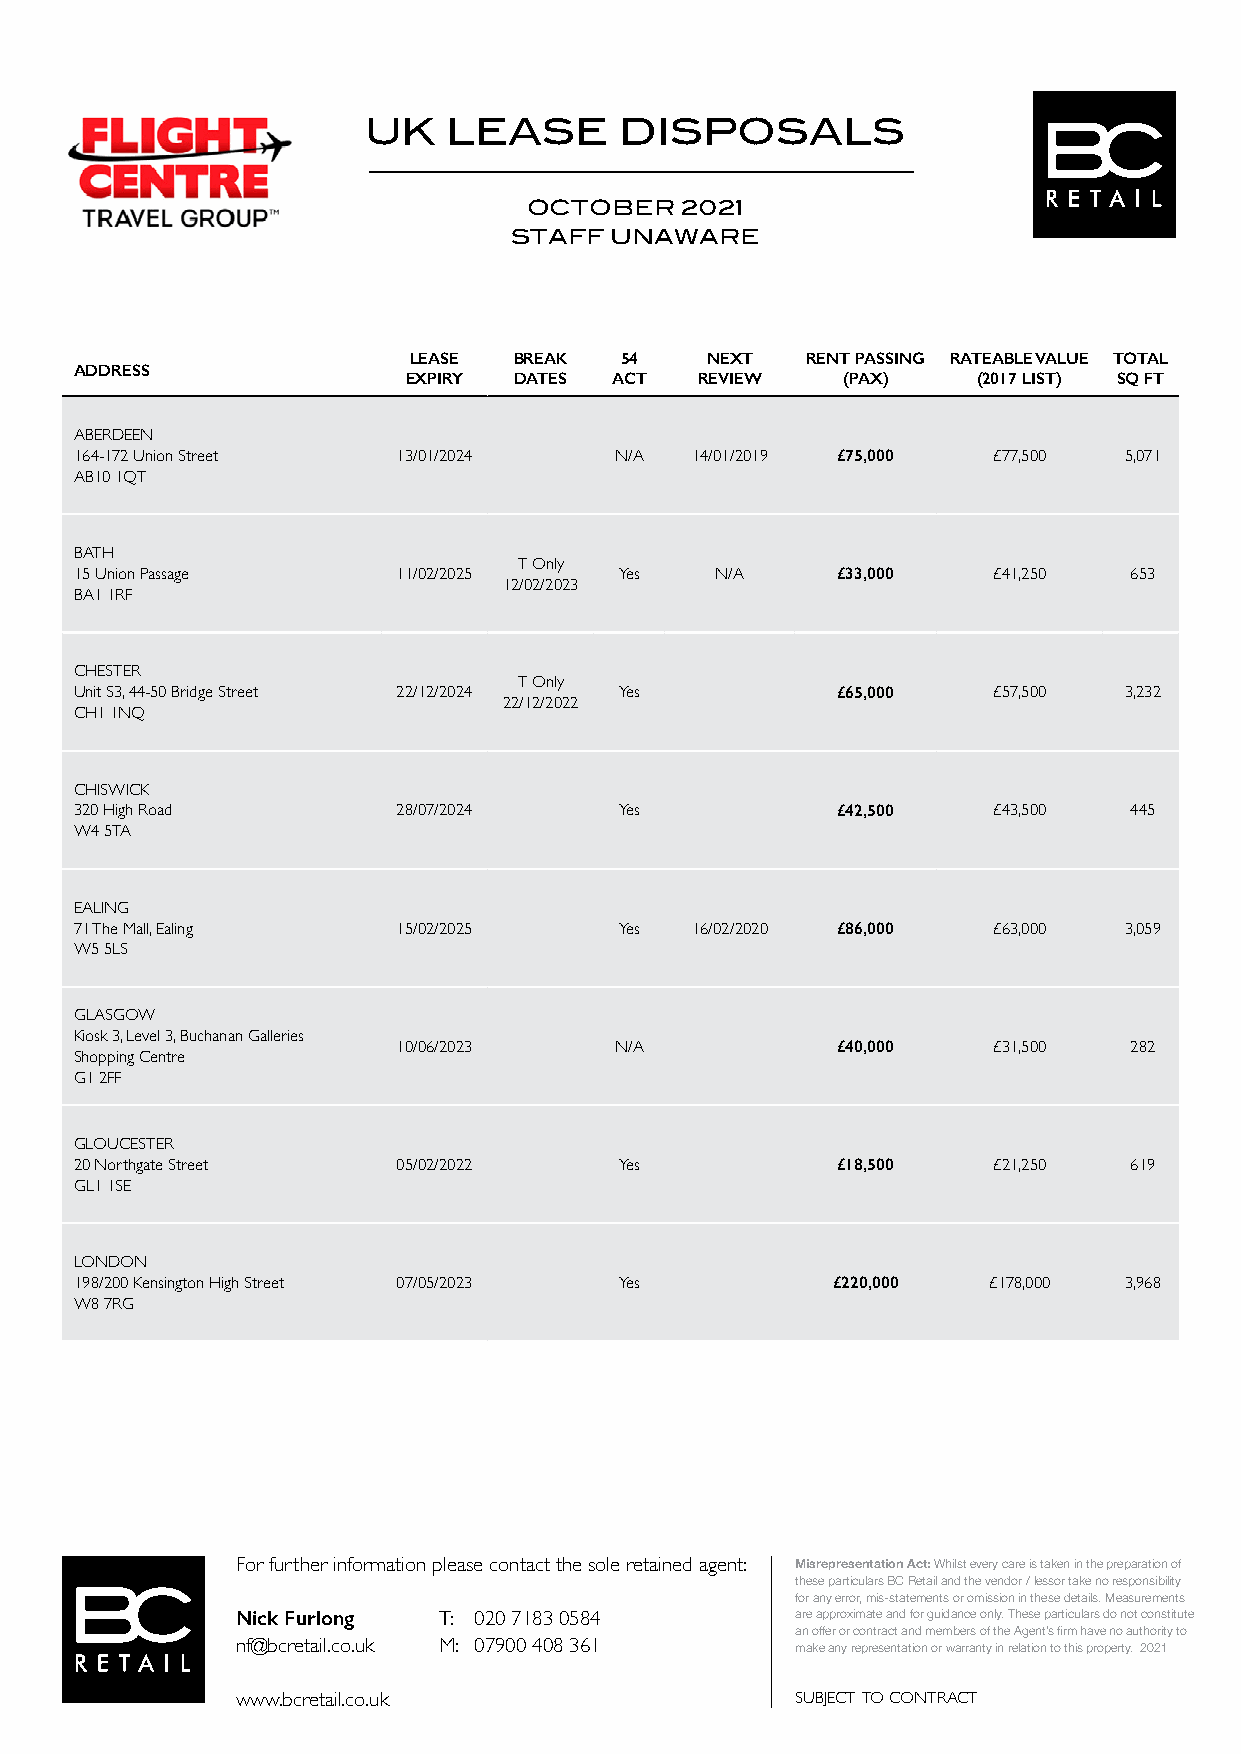
UK    LEASE      DISPOSALS
 OCTOBER   2021
 STAFF UNAWARE
 LEASE  BREAK  54    NEXT  RENT PASSING RATEABLE VALUE TOTAL
 ADDRESS
 EXPIRY DATES ACT   REVIEW    (PAX)    (2017 LIST) SQ FT
 ABERDEEN
 164-172 Union Street 13/01/2024     N/A  14/01/2019 £75,000  £77,500 5,071
 AB10 1QT
 BATH
 T Only
 15 Union Passage     11/02/2025     Yes   N/A     £33,000    £41,250  653
 12/02/2023
 BA1 1RF
 CHESTER
 T Only
 Unit S3, 44-50 Bridge Street 22/12/2024 Yes       £65,000    £57,500 3,232
 22/12/2022
 CH1 1NQ
 CHISWICK
 320 High Road        28/07/2024     Yes           £42,500    £43,500  445
 W4 5TA
 EALING
 71 The Mall, Ealing  15/02/2025     Yes  16/02/2020 £86,000  £63,000 3,059
 W5 5LS
 GLASGOW
 Kiosk 3, Level 3, Buchanan Galleries
 10/06/2023     N/A           £40,000    £31,500  282
 Shopping Centre
 G1 2FF
 GLOUCESTER
 20 Northgate Street  05/02/2022     Yes           £18,500    £21,250  619
 GL1 1SE
 LONDON
 198/200 Kensington High Street 07/05/2023 Yes     £220,000  £178,000 3,968
 W8 7RG
 For further information please contact the sole retained agent: Misrepresentation Act: Whilst every care is taken in the preparation of
 these particulars BC Retail and the vendor / lessor take no responsibility
 for any error, mis-statements or omission in these details. Measurements
 Nick Furlong T: 020 7183 0584        are approximate and for guidance only. These particulars do not constitute
 an offer or contract and members of the Agent’s firm have no authority to
 nf@bcretail.co.uk M: 07900 408 361   make any representation or warranty in relation to this property. 2021
 www.bcretail.co.uk                   SUBJECT TO CONTRACT